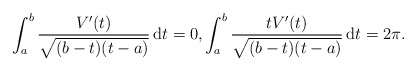
\begin{align*}\int_a^b \frac{V'(t)}{\sqrt{(b-t)(t-a)}} \,\mathrm dt =0, \int_a^b \frac{t V'(t)}{\sqrt{(b-t)(t-a)}} \, \mathrm dt =2 \pi. \end{align*}